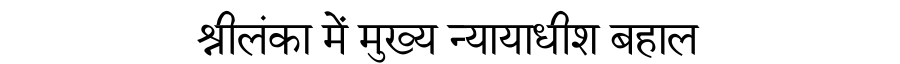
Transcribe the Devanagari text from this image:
श्रीलंका में मुख्य न्यायाधीश बहाल